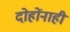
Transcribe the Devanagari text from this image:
दोहोंनाही